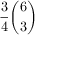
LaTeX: { \frac { 3 } { 4 } } { \binom { 6 } { 3 } }